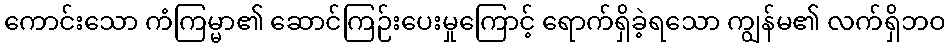
ကောင်းသော ကံကြမ္မာ၏ ဆောင်ကြဉ်းပေးမှုကြောင့် ရောက်ရှိခဲ့ရသော ကျွန်မ၏ လက်ရှိဘဝ